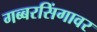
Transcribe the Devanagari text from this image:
गब्बरसिंगावर